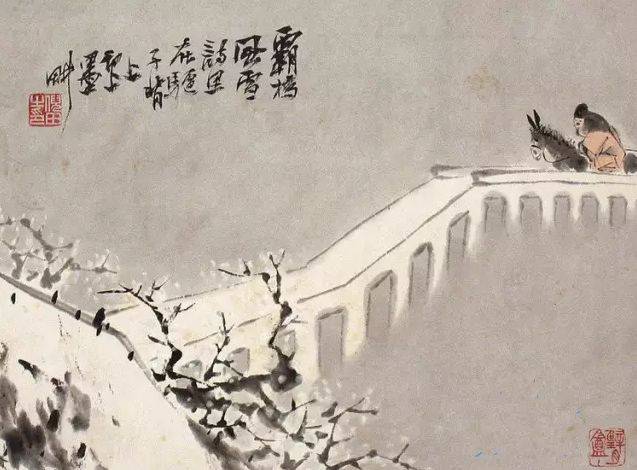
恐凤靴，挑菜归来，万一灞桥相见。